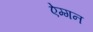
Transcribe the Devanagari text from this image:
ऐम्गन